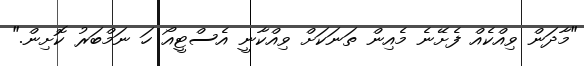
"މާދަން ވިއްކެއް ފެށޭނެ މެއިން ތަނަކަށް ވިއްކާނީ އެސްޓީއޯ ހަ ނަމްބަރު ކޮށިން."